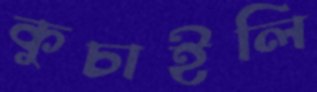
কুচাইলি